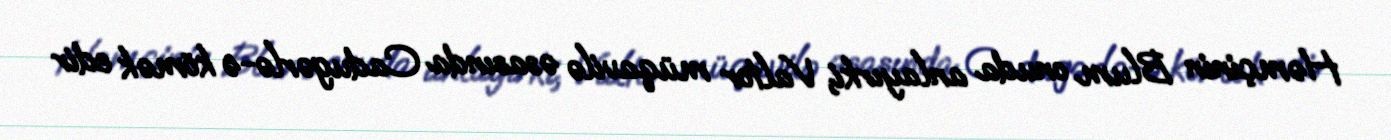
Həmçinin Blum onuda anlayırki, Valtor müqavilə əsasında Cadugərlə-ə kömək edir